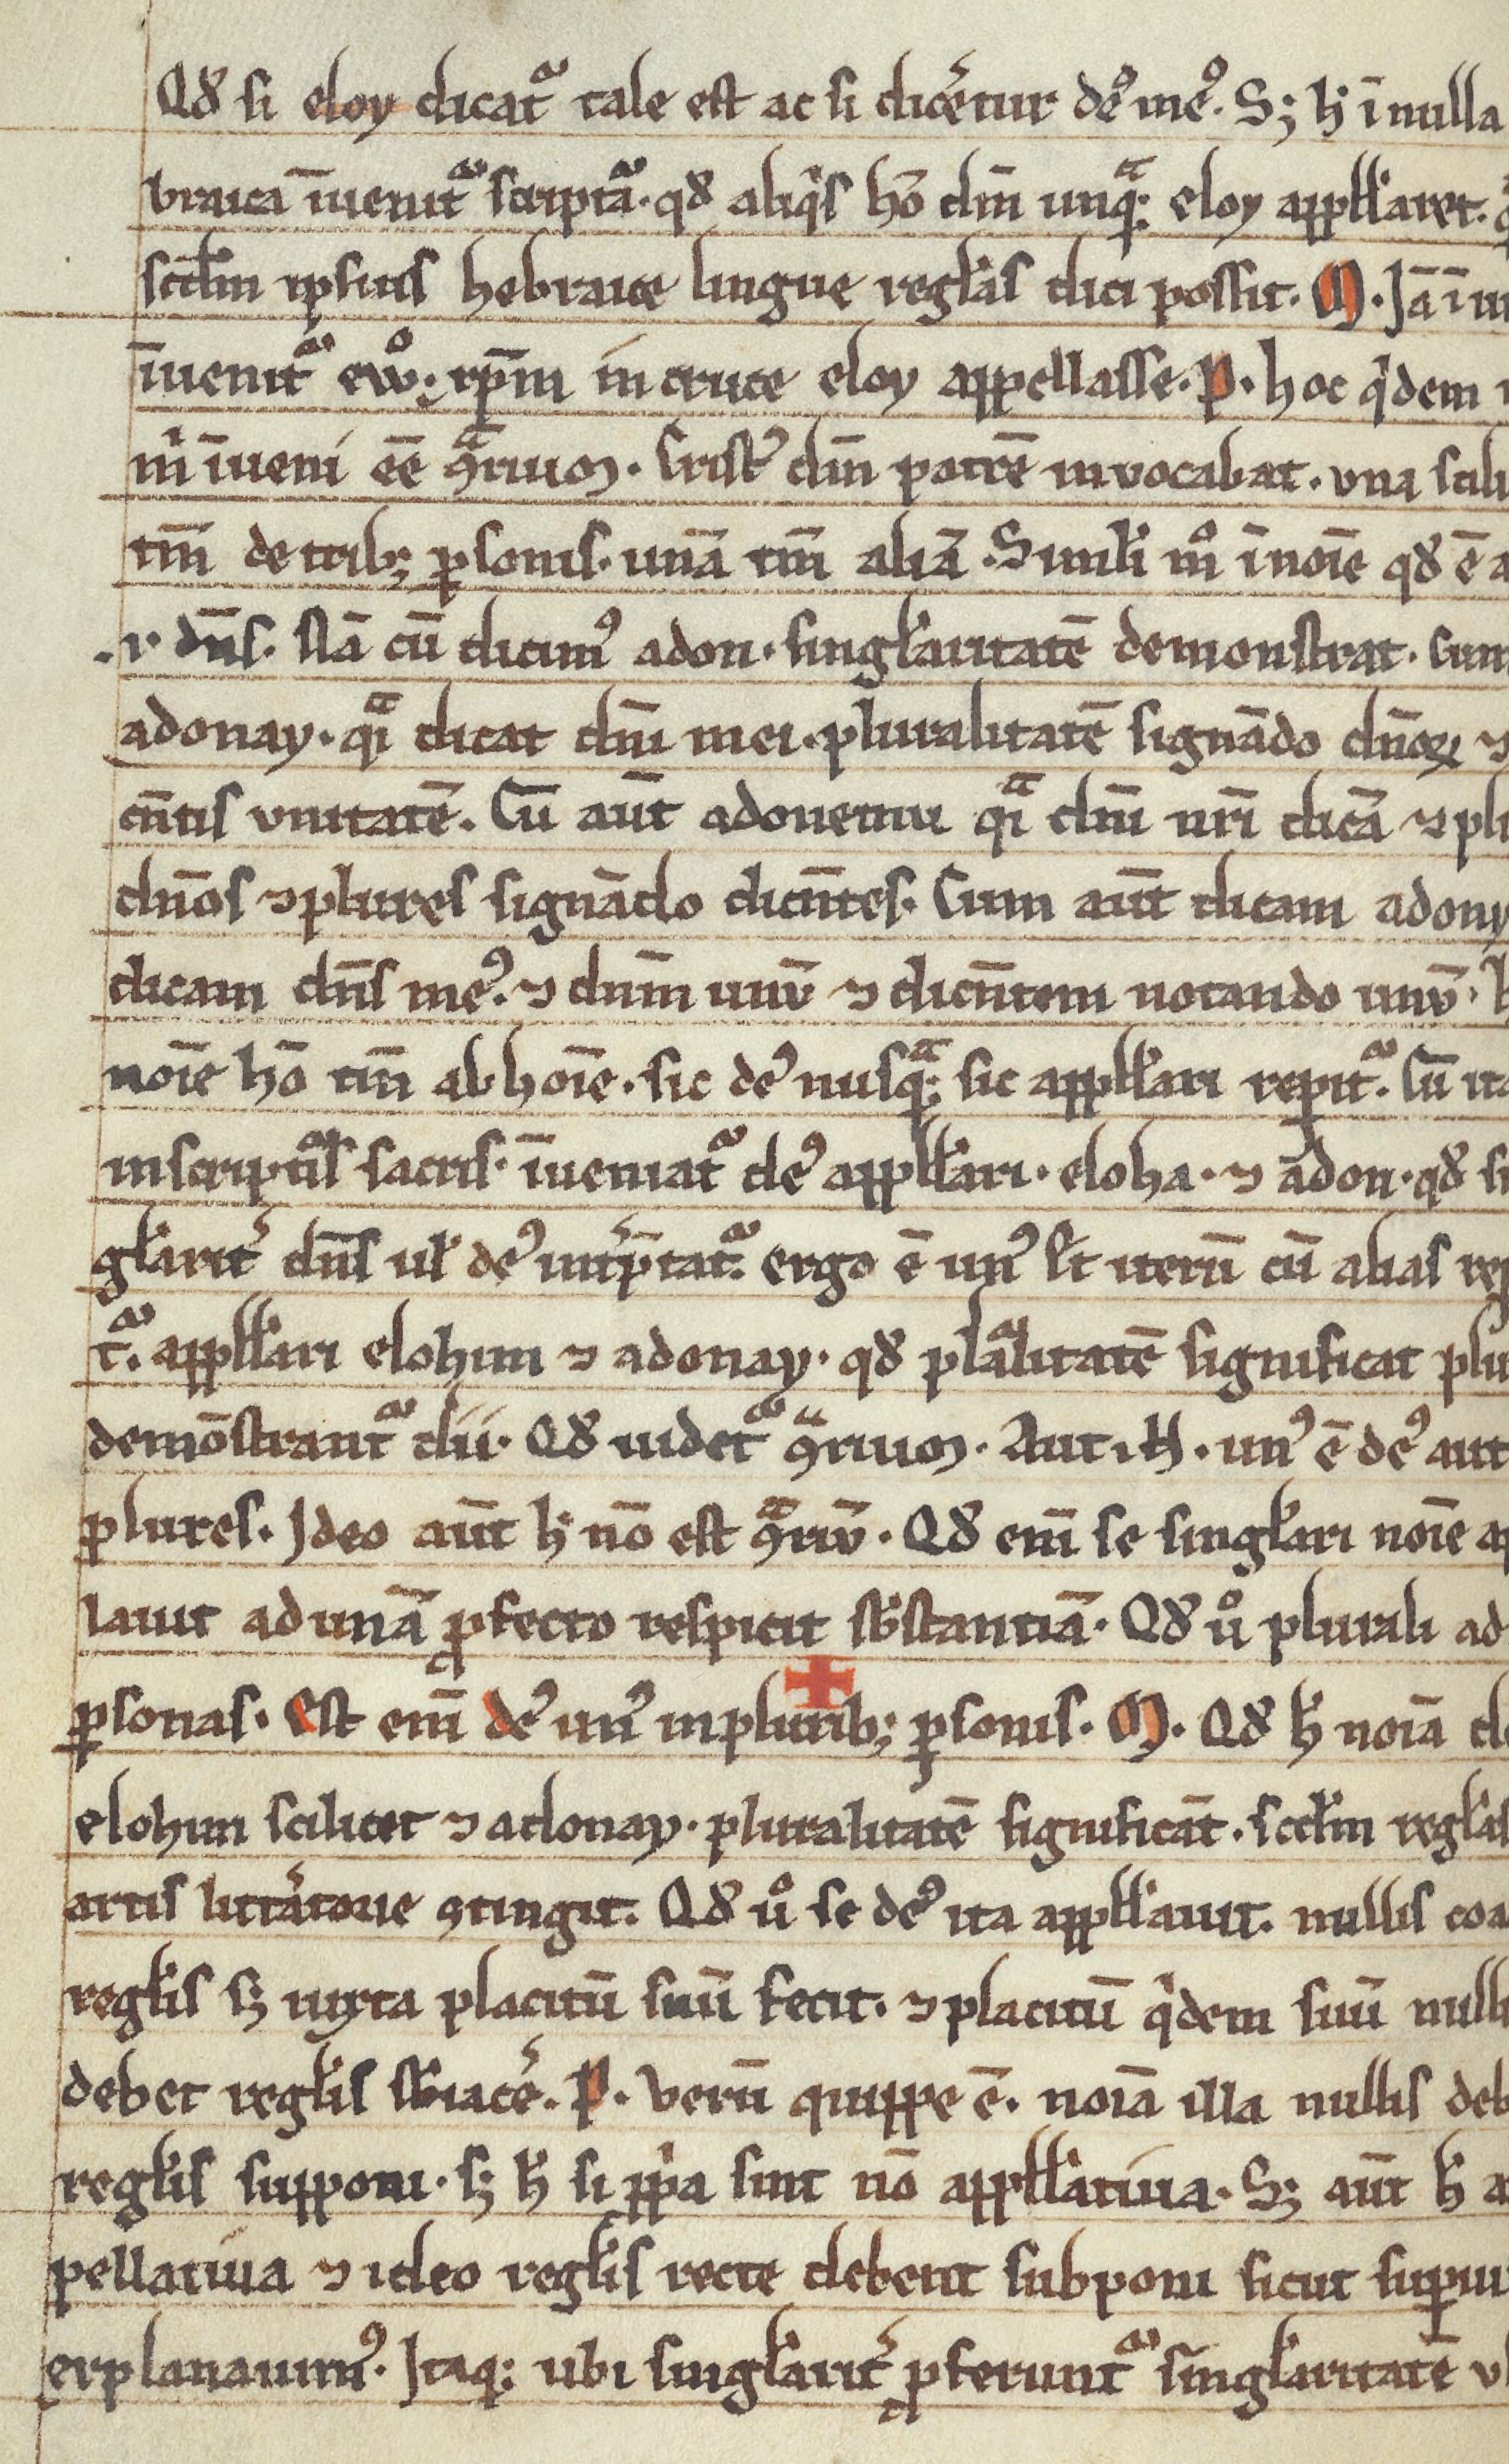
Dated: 1200–1299